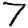
Digit: 7